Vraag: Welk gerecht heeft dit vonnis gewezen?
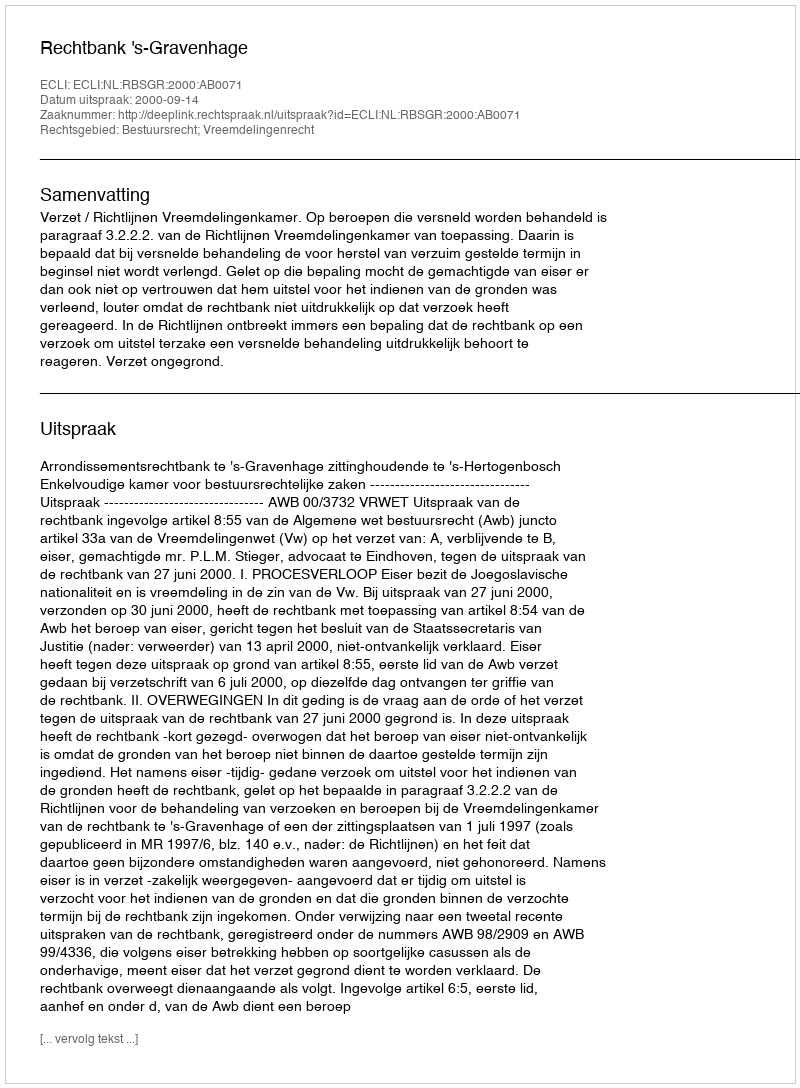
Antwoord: Rechtbank 's-Gravenhage